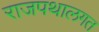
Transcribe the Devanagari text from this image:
राजपथालगत